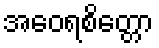
အဝေရစိတ္တော